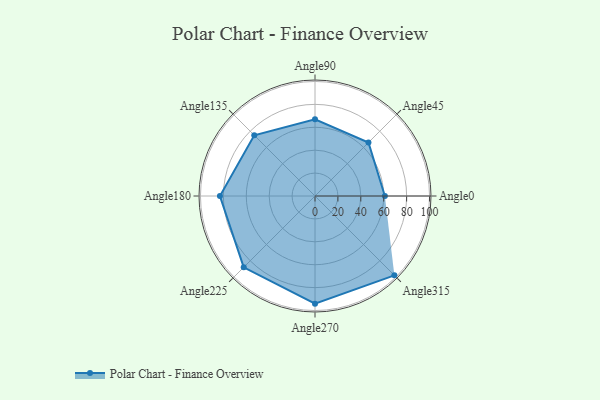
{"axis": {"x": "Angle", "y": "Radius"}, "legend": [""], "data": [{"x": "Angle0", "y": 61.0, "type": ""}, {"x": "Angle45", "y": 66.0, "type": ""}, {"x": "Angle90", "y": 67.0, "type": ""}, {"x": "Angle135", "y": 75.0, "type": ""}, {"x": "Angle180", "y": 83.0, "type": ""}, {"x": "Angle225", "y": 88.0, "type": ""}, {"x": "Angle270", "y": 94.0, "type": ""}, {"x": "Angle315", "y": 98.0, "type": ""}]}